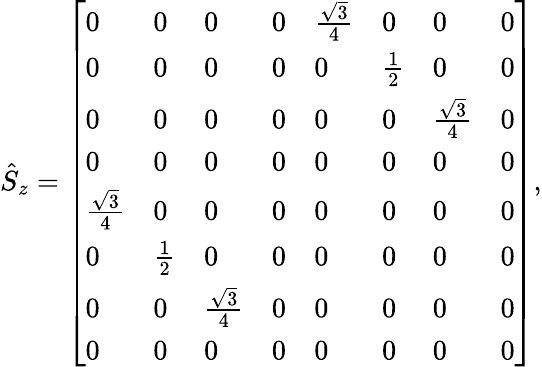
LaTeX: \begin{array}{r}{\hat{S}_{z}=\left[\begin{array}{llllllll}{0}&{0}&{0}&{0}&{\frac{\sqrt{3}}{4}}&{0}&{0}&{0}\\ {0}&{0}&{0}&{0}&{0}&{\frac{1}{2}}&{0}&{0}\\ {0}&{0}&{0}&{0}&{0}&{0}&{\frac{\sqrt{3}}{4}}&{0}\\ {0}&{0}&{0}&{0}&{0}&{0}&{0}&{0}\\ {\frac{\sqrt{3}}{4}}&{0}&{0}&{0}&{0}&{0}&{0}&{0}\\ {0}&{\frac{1}{2}}&{0}&{0}&{0}&{0}&{0}&{0}\\ {0}&{0}&{\frac{\sqrt{3}}{4}}&{0}&{0}&{0}&{0}&{0}\\ {0}&{0}&{0}&{0}&{0}&{0}&{0}&{0}\end{array}\right],}\end{array}